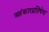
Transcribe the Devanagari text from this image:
अहंकारप्रतिषेध